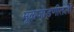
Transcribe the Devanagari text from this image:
मूळजोडणीतली